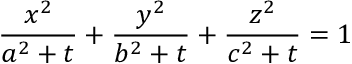
\frac { x ^ { 2 } } { a ^ { 2 } + t } + \frac { y ^ { 2 } } { b ^ { 2 } + t } + \frac { z ^ { 2 } } { c ^ { 2 } + t } = 1